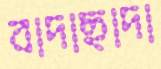
বাদাছাদা